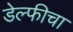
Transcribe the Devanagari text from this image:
डेल्फीचा